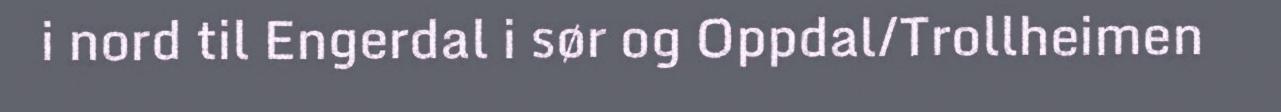
i nord til Engerdal i sør og Oppdal/Trollheimen